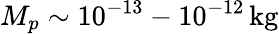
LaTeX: M_{p}\sim 10^{-13}-10^{-12}\, \mathrm{kg}